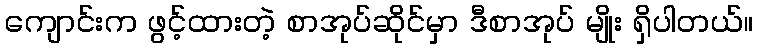
ကျောင်းက ဖွင့်ထားတဲ့ စာအုပ်ဆိုင်မှာ ဒီစာအုပ် မျိုး ရှိပါတယ်။